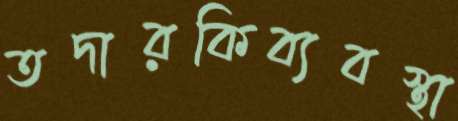
তদারকিব্যবস্থা